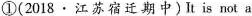
①(2018·江苏宿迁期中)It is not a